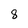
Character: 8